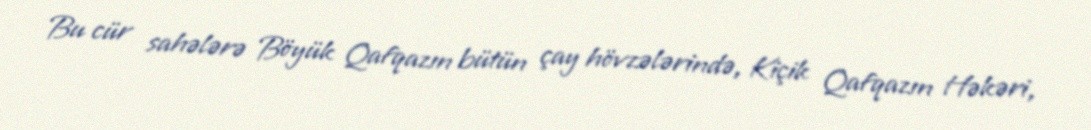
Bu cür sahələrə Böyük Qafqazın bütün çay hövzələrində, Kiçik Qafqazın Həkəri,